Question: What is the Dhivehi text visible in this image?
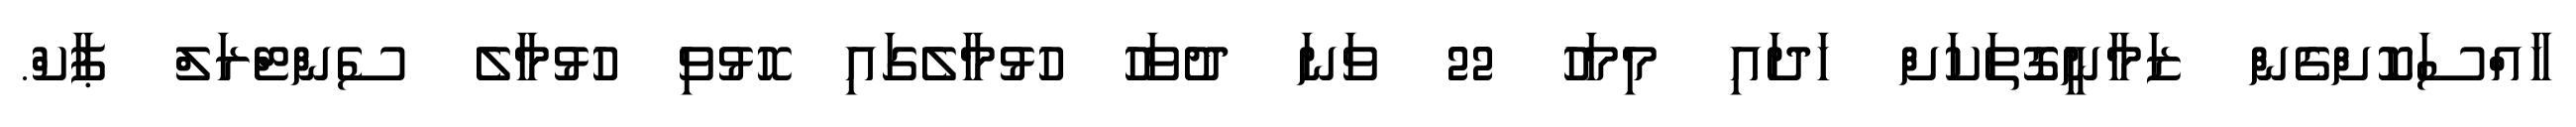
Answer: ހާއްސަކޮށްގެން ޒަމާނީގޮތަކަށް ހަދައި މިމަހު 22 ވަނަ ދުވަހު ހުޅުމާލެގައި ހޮޅުވި ހުޅުމާލެ ސެންޓްރަލް ޕާކް.